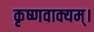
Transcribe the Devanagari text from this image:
कृष्णवाक्यम्।